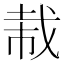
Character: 𫻭